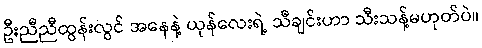
ဦးညီညီထွန်းလွင် အနေနဲ့ ယုန်လေးရဲ့ သီချင်းဟာ သီးသန့်မဟုတ်ပဲ။